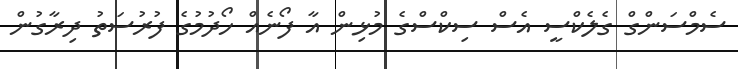
ސެމްސަންގް ގެލެކްސީ އެސް ސިކްސްގެ މުޅިން އާ ފޯނެއް ހޯދުމުގެ ފުރުސަތު ދިރާގުން